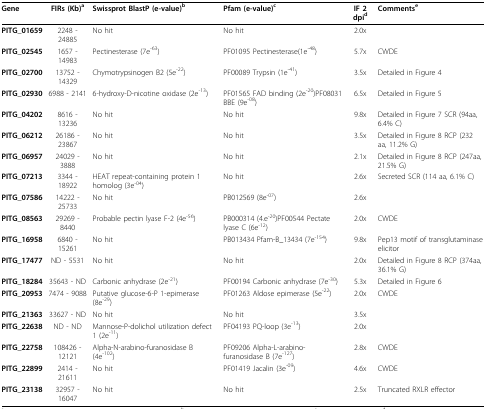
<table><thead><tr><td><b>Gene</b></td><td><b>FIRs (Kb)<sup>a</sup></b></td><td><b>Swissprot BlastP (e-value)<sup>b</sup></b></td><td><b>Pfam (e-value)<sup>c</sup></b></td><td><b>IF 2 dpi<sup>d</sup></b></td><td><b>Comments<sup>e</sup></b></td></tr></thead><tbody><tr><td><b>PITG_01659</b></td><td>2248 - 24885</td><td>No hit</td><td>No hit</td><td>2.0x</td><td></td></tr><tr><td><b>PITG_02545</b></td><td>1657 - 14983</td><td>Pectinesterase (7e<sup>-63</sup>)</td><td>PF01095 Pectinesterase(1e<sup>-48</sup>)</td><td>5.7x</td><td>CWDE</td></tr><tr><td><b>PITG_02700</b></td><td>13752 - 14329</td><td>Chymotrypsinogen B2 (5e<sup>-22</sup>)</td><td>PF00089 Trypsin (1e<sup>-41</sup>)</td><td>3.5x</td><td>Detailed in Figure 4</td></tr><tr><td><b>PITG_02930</b></td><td>6988 - 2141</td><td>6-hydroxy-D-nicotine oxidase (2e<sup>-13</sup>)</td><td>PF01565 FAD binding (2e<sup>-20</sup>)PF08031 BBE (9e<sup>-08</sup>)</td><td>6.5x</td><td>Detailed in Figure 5</td></tr><tr><td><b>PITG_04202</b></td><td>8616 - 13236</td><td>No hit</td><td>No hit</td><td>9.8x</td><td>Detailed in Figure 7 SCR (94aa, 6.4% C)</td></tr><tr><td><b>PITG_06212</b></td><td>26186 - 23867</td><td>No hit</td><td>No hit</td><td>3.5x</td><td>Detailed in Figure 8 RCP (232 aa, 11.2% G)</td></tr><tr><td><b>PITG_06957</b></td><td>24029 - 3888</td><td>No hit</td><td>No hit</td><td>2.1x</td><td>Detailed in Figure 8 RCP (247aa, 21.5% G)</td></tr><tr><td><b>PITG_07213</b></td><td>3344 - 18922</td><td>HEAT repeat-containing protein 1 homolog (3e<sup>-04</sup>)</td><td>No hit</td><td>2.6x</td><td>Secreted SCR (114 aa, 6.1% C)</td></tr><tr><td><b>PITG_07586</b></td><td>14222 - 25733</td><td>No hit</td><td>PB012569 (8e<sup>-07</sup>)</td><td>2.6x</td><td></td></tr><tr><td><b>PITG_08563</b></td><td>29269 - 8440</td><td>Probable pectin lyase F-2 (4e<sup>-56</sup>)</td><td>PB000314 (4.e<sup>-20</sup>)PF00544 Pectate lyase C (6e<sup>-12</sup>)</td><td>2.0x</td><td>CWDE</td></tr><tr><td><b>PITG_16958</b></td><td>6840 - 15261</td><td>No hit</td><td>PB013434 Pfam-B_13434 (7e<sup>-154</sup>)</td><td>9.8x</td><td>Pep13 motif of transglutaminase elicitor</td></tr><tr><td><b>PITG_17477</b></td><td>ND - 5531</td><td>No hit</td><td>No hit</td><td>2.0x</td><td>Detailed in Figure 8 RCP (374aa, 36.1% G)</td></tr><tr><td><b>PITG_18284</b></td><td>35643 - ND</td><td>Carbonic anhydrase (2e<sup>-21</sup>)</td><td>PF00194 Carbonic anhydrase (7e<sup>-30</sup>)</td><td>5.3x</td><td>Detailed in Figure 6</td></tr><tr><td><b>PITG_20953</b></td><td>7474 - 9088</td><td>Putative glucose-6-P 1-epimerase (8e<sup>-29</sup>)</td><td>PF01263 Aldose epimerase (5e<sup>-22</sup>)</td><td>2.0x</td><td>CWDE</td></tr><tr><td><b>PITG_21363</b></td><td>33627 - ND</td><td>No hit</td><td>No hit</td><td>3.5x</td><td></td></tr><tr><td><b>PITG_22638</b></td><td>ND - ND</td><td>Mannose-P-dolichol utilization defect 1 (2e<sup>-11</sup>)</td><td>PF04193 PQ-loop (3e<sup>-13</sup>)</td><td>2.0x</td><td></td></tr><tr><td><b>PITG_22758</b></td><td>108426 - 12121</td><td>Alpha-N-arabino-furanosidase B (4e<sup>-102</sup>)</td><td>PF09206 Alpha-L-arabino-furanosidase B (7e<sup>-127</sup>)</td><td>2.8x</td><td>CWDE</td></tr><tr><td><b>PITG_22899</b></td><td>2414 - 21611</td><td>No hit</td><td>PF01419 Jacalin (3e<sup>-09</sup>)</td><td>4.6x</td><td>CWDE</td></tr><tr><td><b>PITG_23138</b></td><td>32957 - 16047</td><td>No hit</td><td>No hit</td><td>2.5x</td><td>Truncated RXLR effector</td></tr></tbody></table>